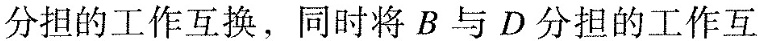
分担的工作互换，同时将B与D分担的工作互